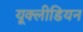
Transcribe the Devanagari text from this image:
यूक्लीडियन